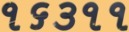
૧૬૩૧૧